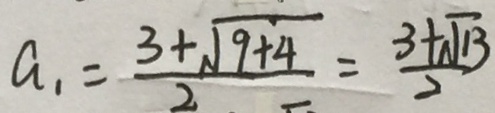
a _ { 1 } = \frac { 3 + \sqrt { 9 + 4 } } { 2 } = \frac { 3 + \sqrt { 1 3 } } { 2 }